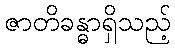
ဇာတိခန္ဓာရှိသည့်